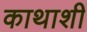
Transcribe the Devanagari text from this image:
काथाशी